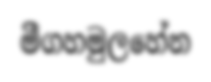
මීගහමුලහේන